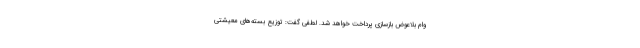
وام بلاعوض بازسازی پرداخت خواهد شد. لطفی گفت: توزیع بسته‌های معیشتی